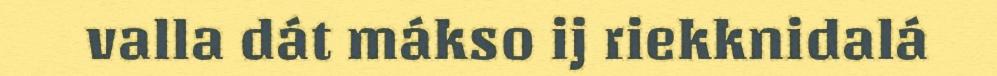
valla dát mákso ij riekknidalá